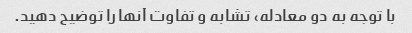
با توجه به دو معادله، تشابه و تفاوت آنها را توضیح دهید.